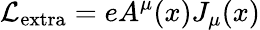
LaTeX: {\cal{L}}_{\mathrm{extra}}=eA^{\mu}(x)J_{\mu}(x)